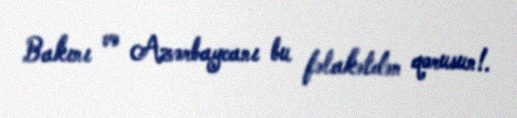
Bakını və Azərbaycanı bu fəlakətdən qorusun!.